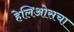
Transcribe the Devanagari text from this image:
हेलिओसचा